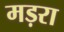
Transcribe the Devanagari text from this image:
मड़रा